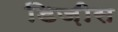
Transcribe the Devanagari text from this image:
डिज़ीस